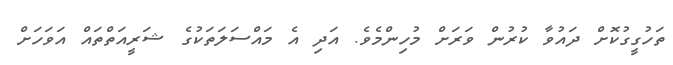
ތަހުގީގުކޮށް ދައުވާ ކުރުން ވަރަށް މުހިންމެވެ. އަދި އެ މައްސަލަތަކުގެ ޝަރީއަތްތައް އަވަހަށް